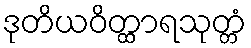
ဒုတိယဝိတ္ထာရသုတ္တံ